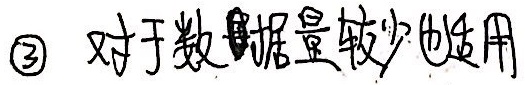
\textcircled{3} 对于数据量较少也适用